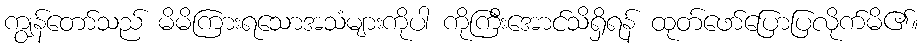
ကျွန်တော်သည် မိမိကြားရသောအသံများကိုပါ ကိုကြီးအောင်သိရှိရန် ထုတ်ဖော်ပြောပြလိုက်မိ၏။